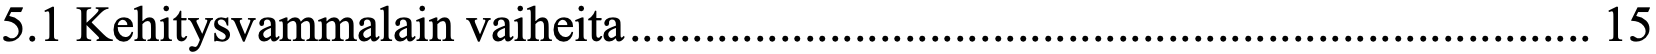
5.1 Kehitysvammalain vaiheita ............................................................................. 15